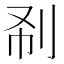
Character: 𠛚